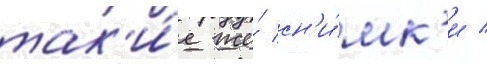
так'и́е же́ сн'и́мк'и /